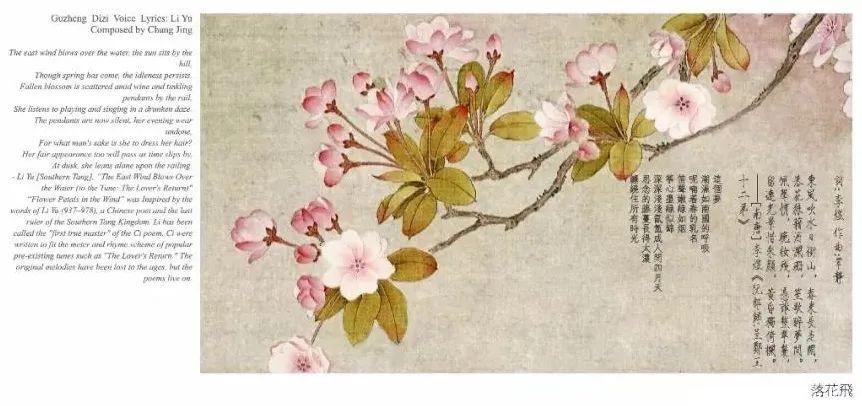
落花狼藉酒阑珊，笙歌醉梦间。